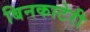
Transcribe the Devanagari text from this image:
बिनकाटेरी